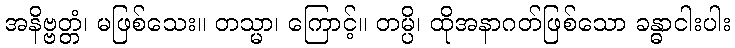
အနိဗ္ဗတ္တံ၊ မဖြစ်သေး။ တသ္မာ၊ ကြောင့်။ တမ္ပိ၊ ထိုအနာဂတ်ဖြစ်သော ခန္ဓာငါးပါး